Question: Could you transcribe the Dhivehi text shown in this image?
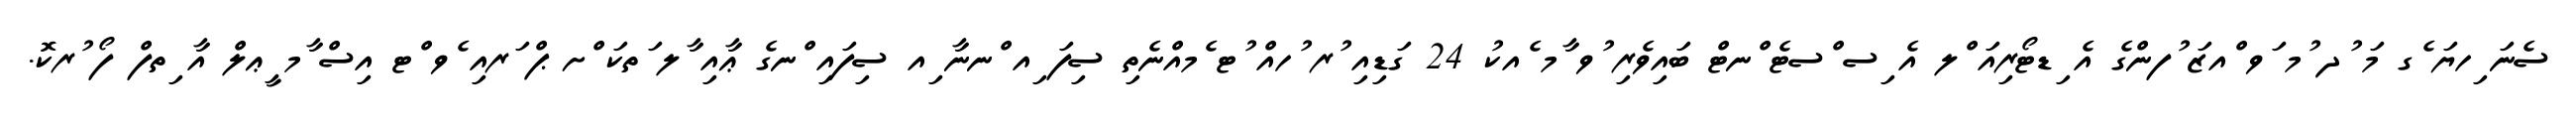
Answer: ސެނަ ިހޔަ ެގ މަ ުދ ުމ ަވ ްއޒަ ުފންގެ އެ ިޑޓޯރިއަ ްލ އެ ިސ ްސޓެ ްނޓް ބައިވެރި ުވ ާމ ެއކު 24 ގަޑިއި ުރ ުހއް ުޓ ެމއްނެތި ސިފަ ިއ ްނނާ ިއ ސިފައި ްނގެ ޢާއި ާލ ަތކަ ްށ ޕް ަރއި ެވ ްޓ އިސް ާމ ީޢލް އާ ިތފް ފޯ ުރކޮ.